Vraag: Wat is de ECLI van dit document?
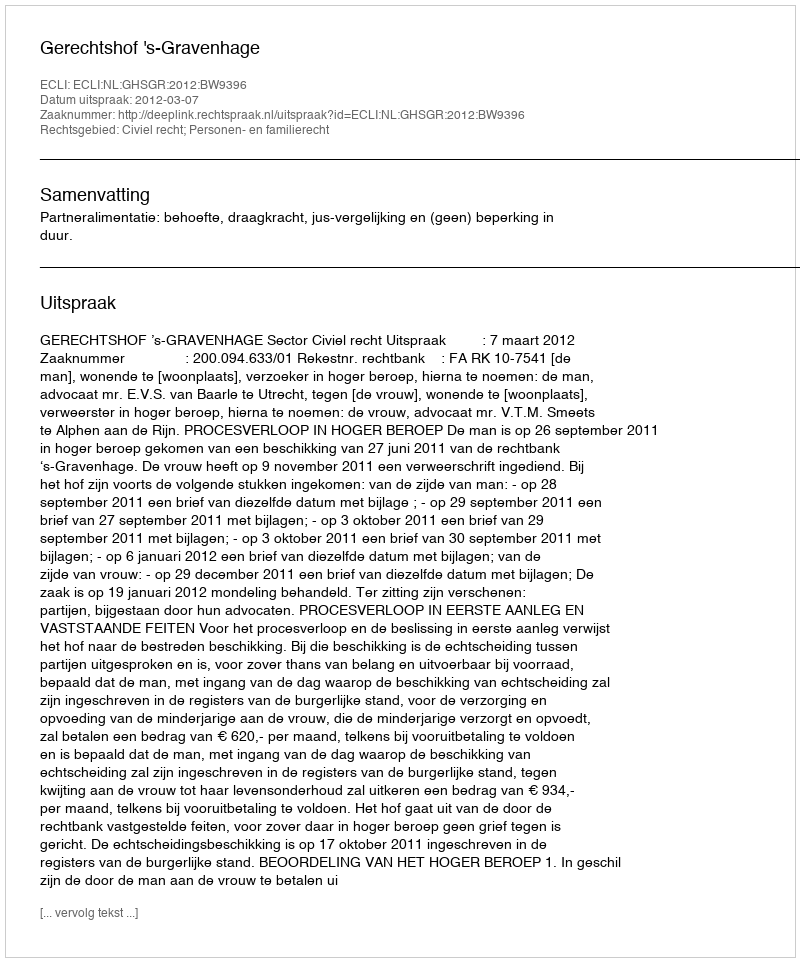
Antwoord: ECLI:NL:GHSGR:2012:BW9396